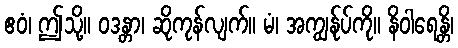
ဧဝံ၊ ဤသို့။ ဝဒန္တာ၊ ဆိုကုန်လျက်။ မံ၊ အကျွန်ုပ်ကို။ နိဝါရေန္တိ၊